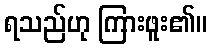
ရသည်ဟု ကြားဖူး၏။